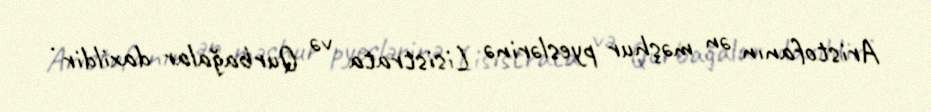
Aristofanın ən məşhur pyeslərinə Lisistrata və Qurbağalar daxildir .